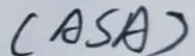
( A S A )